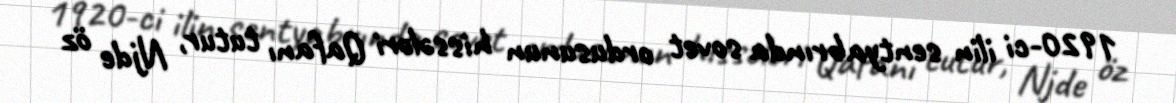
1920-ci ilin sentyabrında sovet ordusunun hissələri Qafanı tutur, Njde öz